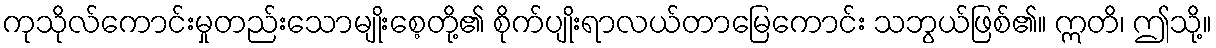
ကုသိုလ်ကောင်းမှုတည်းသောမျိုးစေ့တို့၏ စိုက်ပျိုးရာလယ်တာမြေကောင်း သဘွယ်ဖြစ်၏။ ဣတိ၊ ဤသို့။